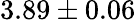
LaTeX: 3.89\pm 0.06